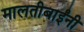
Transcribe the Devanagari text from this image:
मालतीबाईंनी